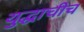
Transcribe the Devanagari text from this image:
युद्धाचीच